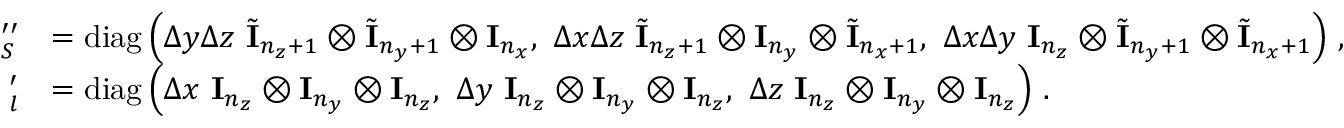
\begin{array} { r l } { \mathbf \Lambda _ { S } ^ { \prime \prime } } & { = \operatorname { d i a g } \left( \Delta y \Delta z \ \tilde { \mathbf I } _ { n _ { z } + 1 } \otimes \tilde { \mathbf I } _ { n _ { y } + 1 } \otimes \mathbf I _ { n _ { x } } , \ \Delta x \Delta z \ \tilde { \mathbf I } _ { n _ { z } + 1 } \otimes \mathbf I _ { n _ { y } } \otimes \tilde { \mathbf I } _ { n _ { x } + 1 } , \ \Delta x \Delta y \ \mathbf I _ { n _ { z } } \otimes \tilde { \mathbf I } _ { n _ { y } + 1 } \otimes \tilde { \mathbf I } _ { n _ { x } + 1 } \right) \, , } \\ { \mathbf \Lambda _ { l } ^ { \prime } } & { = \operatorname { d i a g } \left( \Delta x \ \mathbf I _ { n _ { z } } \otimes \mathbf I _ { n _ { y } } \otimes \mathbf I _ { n _ { z } } , \ \Delta y \ \mathbf I _ { n _ { z } } \otimes \mathbf I _ { n _ { y } } \otimes \mathbf I _ { n _ { z } } , \ \Delta z \ \mathbf I _ { n _ { z } } \otimes \mathbf I _ { n _ { y } } \otimes \mathbf I _ { n _ { z } } \right) \, . } \end{array}